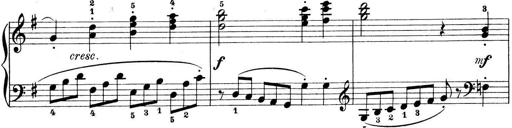
Title: Preis-Sonatine
Composer: Ernst James Bremner